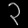
Digit: ၃